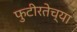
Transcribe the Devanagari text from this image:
फुटीरतेच्या